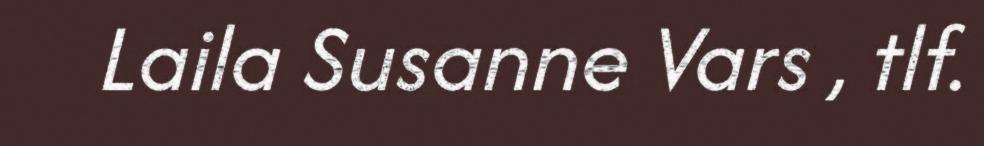
Laila Susanne Vars , tlf.